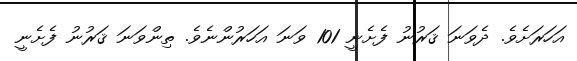
އަހަރަށެވެ. ދެވަނަ ޤަރުނު ފެށެނީ 101 ވަނަ އަހަރުންނެވެ. ތިންވަނަ ޤަރުނު ފެށެނީ